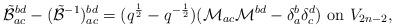
LaTeX: \begin{align*}\tilde{\mathcal{B}}_{ac}^{bd}-(\tilde{\mathcal{B}}^{-1})_{ac}^{bd}=(q^{\frac{1}{2}}-q^{-\frac{1}{2}})(\mathcal{M}_{a c }\mathcal{M}^{bd}-\delta_{a}^{b}\delta_{c}^{d})\hbox{ on }V_{2n-2},\end{align*}